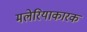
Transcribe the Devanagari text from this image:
मलेरियाकारक